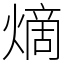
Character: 𪹧